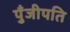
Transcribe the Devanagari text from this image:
पुँजीपति